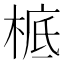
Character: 㭽